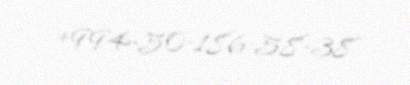
+994-50-186-58-38